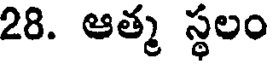
28. ఆత్మ స్థలం